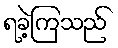
ရခဲ့ကြသည်